Lunatic asylums Bombay report 1891-1903 - 1891-1903
Year: 1891
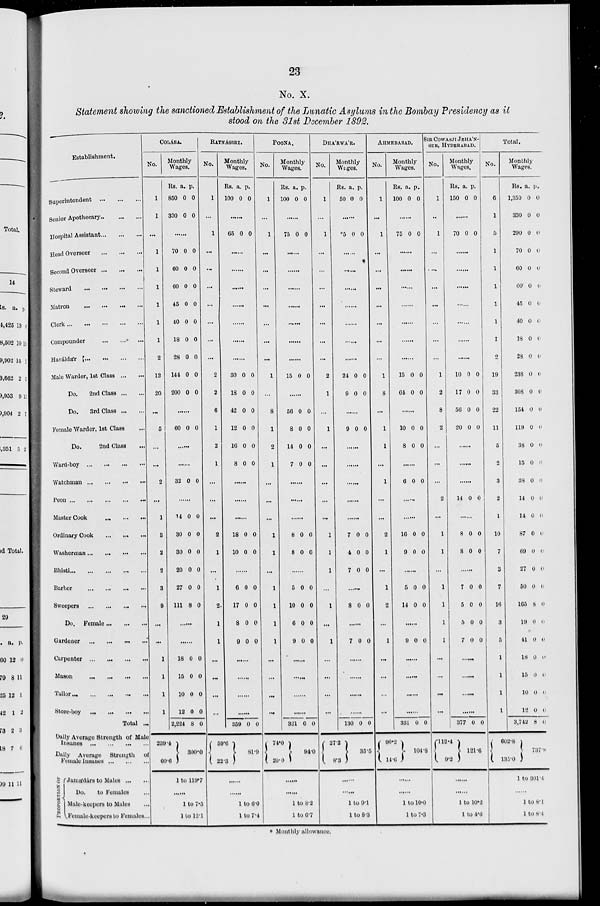
23
No. X.
Statement showing the sanctioned Establishment of the Lunatic Asylums in the Bombay Presidency as it
stood on the 31st December 1892.
Establishment.
Superintendent
...
...
...
Senior Apothecary
...
...
...
Hospital Assistant ... ... ...
Head Overseer
...
...
...
Second Overseer
...
...
...
Steward
...
...
...
Matron
...
...
...
Clerk
...
...
...
...
...
Compounder
...
...
...
Haváldár
...
...
...
...
Male Warder, 1st Class
...
...
Do.
2nd Class
...
...
Do.
3rd Class
...
...
Female Warder, 1st Class ...
Do.
2nd Class ...
Ward-boy
...
...
...
...
Watchman
...
...
...
...
Peon
...
...
...
...
...
Master Cook
...
...
...
Ordinary Cook
...
...
...
Washerman
...
...
...
...
Bhisti
...
...
...
...
...
Barber
...
...
...
...
Sweepers
...
...
...
...
Do.
Female ... ... ...
Gardener
...
...
...
...
Carpenter
...
...
...
...
Mason
...
...
...
...
Tailor
...
...
...
...
...
Store-boy
...
...
...
...
Total ...
Daily Average Strength of Male
Insanes
...
...
...
...
Daily
Average
Strength
of
Female Insanes
...
...
...
PROPORTION OF
Jamádárs to Males
...
...
Do.
to Females ...
Male-keepers to Males ...
Female-keepers to Females...
COLÁBA.
No.
1
1
...
1
1
1
1
1
1
2
12
20
...
5
...
...
2
...
1
3
2
2
3
9
...
...
1
1
1
1
Monthly
Wages.
Rs.
850
330
a.
0
0
p.
0
0
......
70
60
60
45
40
18
28
144
200
0
0
0
0
0
0
0
0
0
0
0
0
0
0
0
0
0
0
......
60 0 0
......
......
32 0 0
......
14
30
30
20
27
111
4
0
0
0
0
8
0
0
0
0
0
0
......
......
18
15
10
12
2,224
239.4
60.6
0
0
0
0
8
0
0
0
0
0
300.0
1 to 119.7
......
1 to 7.5
1 to 12.1
RATNÁGIRI.
No.
1
...
1
...
...
...
...
...
...
...
2
2
6
1
2
1
...
...
...
2
1
...
1
2
1
1
...
...
...
...
Monthly
Wages.
Rs.
100
a.
0
p.
0
......
65 0 0
......
......
......
......
......
......
......
30
18
42
12
16
8
0
0
0
0
0
0
0
0
0
0
0
0
......
......
......
18
10
0
0
0
0
......
6
17
8
9
0
0
0
0
0
0
0
0
......
......
......
......
359
59.6
22.3
0
0
81.9
......
......
1 to 6.0
1 to 7.4
POONA.
No.
1
...
1
...
...
...
...
...
...
...
1
...
8
1
2
1
...
...
...
1
1
...
1
1
1
1
...
...
...
...
Monthly
Wages.
Rs.
100
a.
0
p.
0
......
75 0 0
......
......
......
......
......
......
......
15 0
0
......
56
8
14
7
0
0
0
0
0
0
0
0
......
......
......
8
8
0
0
0
0
......
5
10
6
9
0
0
0
0
0
0
0
0
......
......
......
......
321
74.0
20.0
0
0 0
94.0
......
......
1 to 8.2
1 to 6.7
DHA'RWA'R.
No.
1
...
1
...
...
...
...
...
...
...
2
1
...
1
...
...
...
...
...
1
1
1
...
1
...
1
...
...
...
...
Monthly
Wages.
Rs.
50
a.
0
p.
0
......
*5 0 0
......
......
......
......
......
......
......
24
9
0
0
0
0
......
9 0 0
......
......
......
......
......
7
4
7
0
0
0
0
0
0
......
8
0 0
......
7
0
0
......
......
......
......
130
27.2
8.3
0 0
35.5
......
......
1 to 9.1
1 to 8.3
AHMEDABAD.
No.
1
...
1
...
...
...
...
...
...
...
1
8
...
1
1
...
1
...
...
2
1
...
1
2
...
1
...
...
...
...
Monthly
Wages.
Rs.
100
a.
0
p.
0
......
75 0 0
......
......
......
......
......
......
......
15
64
0
0
0
0
......
10
8
0
0
0
0
......
6 0 0
......
......
16
9
0
0
0
0
......
5
14
0
0
0
0
......
9
0 0
......
......
......
......
331
90.2
14.6
0 0
104.8
......
......
1 to 10.0
1 to 7.3
SIR COWASJI JEHA'N-
GIR, HYDERABAD.
No.
1
...
1
...
...
...
...
...
...
...
1
2
8
2
...
...
...
2
...
1
1
...
1
1
1
1
...
...
...
...
Monthly
Wages.
Rs.
150
a.
0
p.
0
......
70 0 0
......
......
......
......
......
......
......
10
17
56
20
0
0
0
0
0
0
0
0
......
......
......
14 0
0
......
8
8
0
0
0
0
......
7
5
5
7
0
0
0
0
0
0
0
0
......
......
......
......
377
112.4
9.2
0 0
121.6
......
......
1 to 10.2
1 to 4.6
Total.
No.
6
1
5
...
...
...
...
...
...
2
19
33
22
11
5
2
3
2
1
10
7
3
7
16
3
5
1
1
1
1
Monthly
Wages.
Rs.
1,350
330
290
70
60
60
45
40
18
28
238
308
154
119
38
15
38
14
14
87
69
27
50
165
19
41
18
15
10
12
3,742
602.8
135.0
a.
0
0
0
0
0
0
0
0
0
0
0
0
0
0
0
0
0
0
0
0
0
0
0
8
0
0
0
0
0
0
8
p.
0
0
0
0
0
0
0
0
0
0
0
0
0
0
0
0
0
0
0
0
0
0
0
0
0
0
0
0
0
0
0
737.8
1 to 301.4
......
1 to 8.1
1 to 8.4
* Monthly allowance.